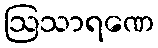
ဩသာရဏေ